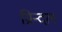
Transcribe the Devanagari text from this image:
ग्रिन्दल